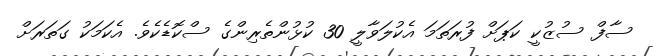
ސާފް ސުޒުކީ ކަޕަށް ފުރަތަމަ އެކުލަވާލީ 30 ކުޅުންތެރިންގެ ސްކޮޑެކެވެ. އެކަމަކު ގަތަރަށް